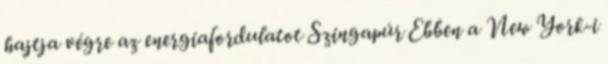
hajtja végre az energiafordulatot Szingapúr Ebben a New York-i